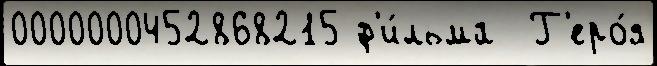
0000000452868215 ф'и́льма  Г'еро́я